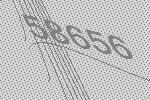
58656